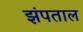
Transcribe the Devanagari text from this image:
झंपताल